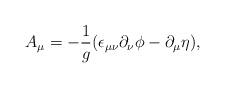
LaTeX: \begin{align*}A_{\mu }=-\frac{1}{g}(\epsilon _{\mu \nu }\partial _{\nu }\phi -\partial_{\mu }\eta ), \end{align*}